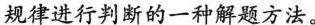
规律进行判断的一种解题方法。